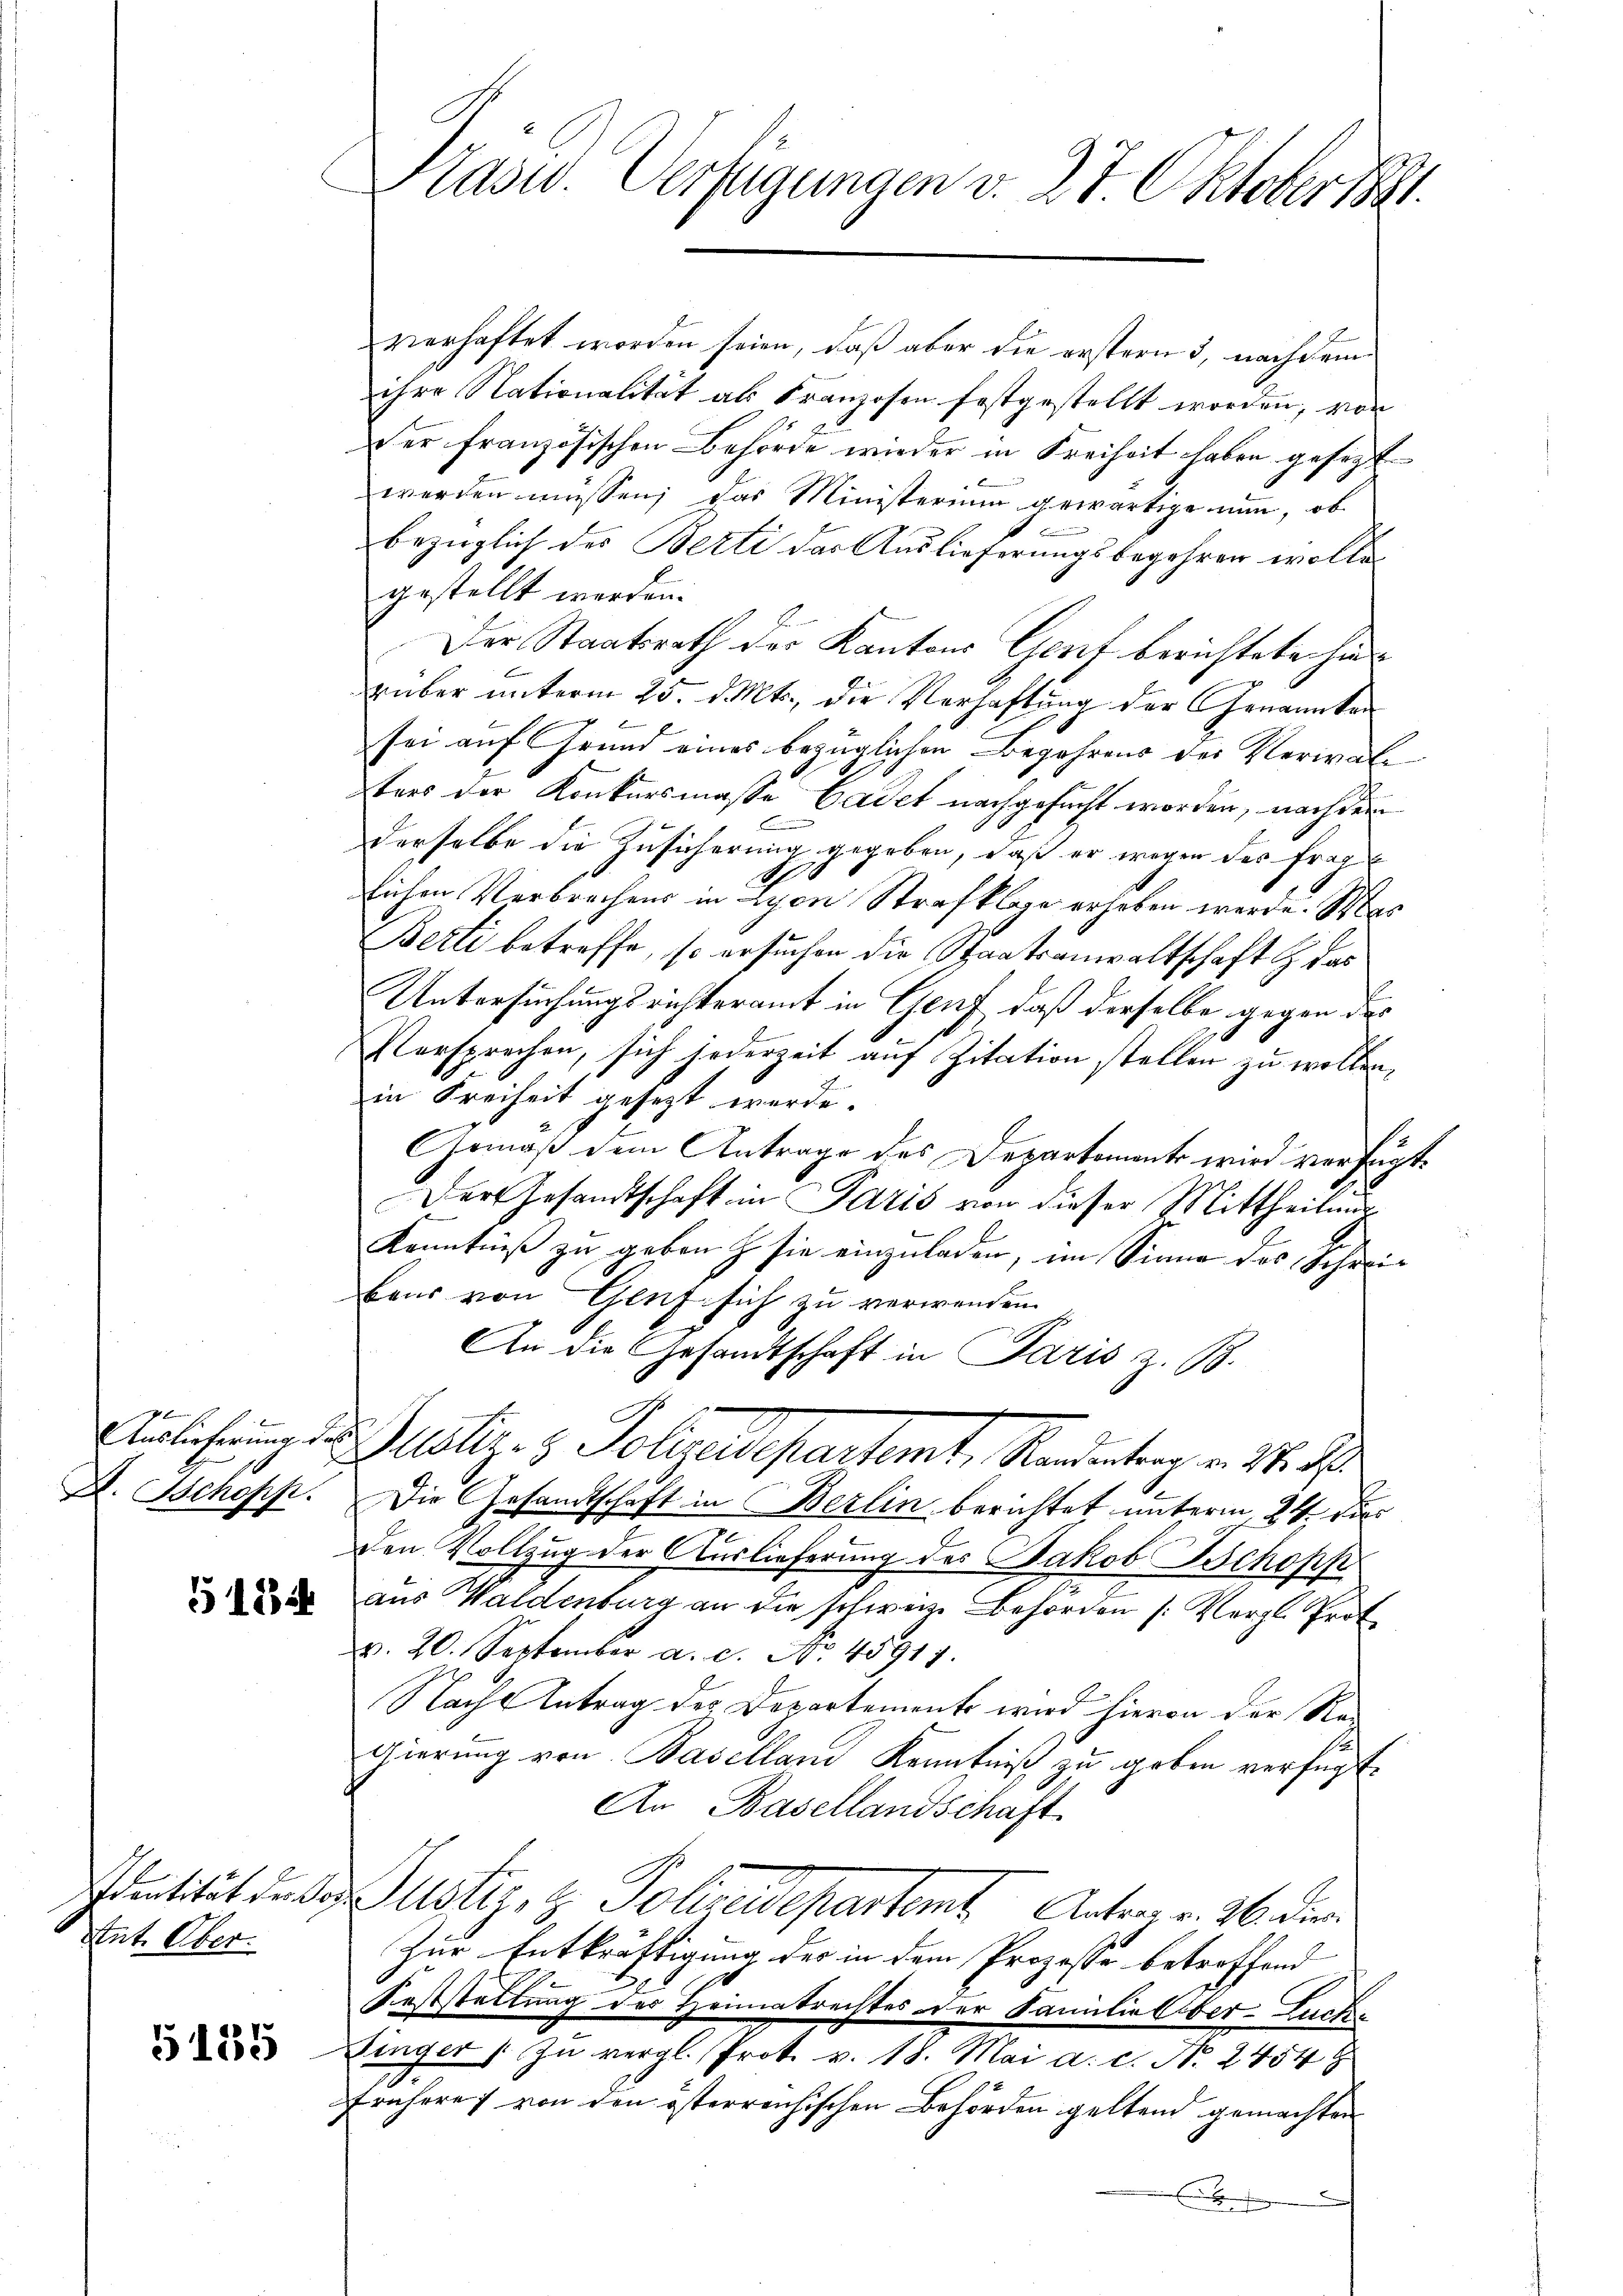
D. Schopp

5124

Identität der Do¬
Ent. Ober

G185

Präsid. Verfügungen v. 27. Oktober 181.

verhaftet worden seien, daß aber die erstern 3, nachdem
ihre Nationalität als Franzosen festgestellt worden, von
Der französischen Behörde wieder in Freiheit haben gesezt
werden müssen; das Ministerium gewärtige nun, ob
bezüglich des Berti das Auslieferungsbegehren wolle
gestellt werden.
Der Staatsrath der Kantons Genf berichtete hin
rüber unterm 25. d. Mts., die Verhaftung der Genannten
sei auf Grund eines bezüglichen Begehrens der Verwalters der Konkursmasse badet nachgesucht worden, nachdem
derselbe die Zusicherung gegeben, daß er wegen des Frag
871
lichen Verbrechens in Lyon Strafklage erheben werde. Was
Berti betreffe, so ersuchen die Staatsanwaltschaft & das
Untersuchungsrichteramt in Genf, daß derselbe gegen des
Versprochen, sich jederzeit auf Zitation stellen zu wollen,
in Freiheit gesezt werde.
Gemäß dem Antrage des Departemente wird verfügt:
Der Gesandtschaft in Paris von dieser Mittheilung
Kenntniß zu geben & sie einzuladen, im Sinne des Schreibaar von Genf sich zu verwenden.
An die Gesandtschaft in Paris z. B.
Airlichung der Justiz- & Polirendepartemt, Kandenberg v. M. D.
Die Gesandtschaft in Berlin berichtet unterm 24. Jus
den Vollzug der Auslieferung des Jakob Schopf
aus Waldenburg an die schweiz Behörden (: Vergl. Prot
v. 20. September a. c. No. 45917.
Nach Antrag des Departements wird hievon der Na-
gierung von Baselland Kenntniß zu geben verfügt.
An Basellandschaft
Justiz, Polizeidepartamt Antrag v. 26. die
zur Entkräftigung der in dem Prozesse betroffend
Feststellung des Heimatrechtes der Familie Ober-Luch¬
Zinger zu vergl. Prot. v. 18. Mai a. c. No. 2454
Frühere 7 von den österreichischen Behörden geltend gemachten
x